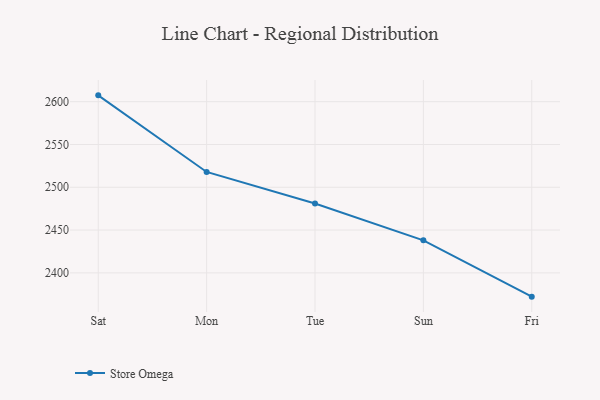
{"axis": {"x": "Day", "y": "Market Share (%)"}, "legend": ["Store Omega"], "data": [{"x": "Sat", "y": 2607.4, "type": "Store Omega"}, {"x": "Mon", "y": 2517.9, "type": "Store Omega"}, {"x": "Tue", "y": 2481.0, "type": "Store Omega"}, {"x": "Sun", "y": 2438.0, "type": "Store Omega"}, {"x": "Fri", "y": 2372.2, "type": "Store Omega"}]}